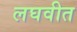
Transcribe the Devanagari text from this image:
लघवीत